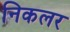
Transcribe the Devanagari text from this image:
निकलर